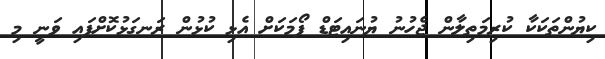
ކިޔުންތަކަކާ ކުރިމަތިލާން ޖެހުނު ޔުނައިޓަޑް ފޯމަކަށް އެޅި ކުޅުން ރަނގަޅުކޮށްފައި ވަނީ މި